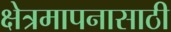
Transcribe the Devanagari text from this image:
क्षेत्रमापनासाठी